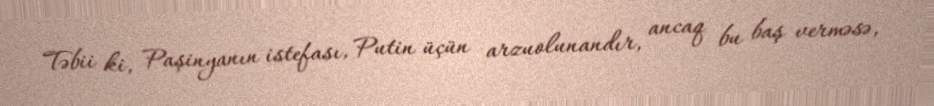
Təbii ki, Paşinyanın istefası, Putin üçün arzuolunandır, ancaq bu baş verməsə,